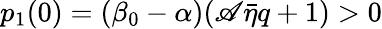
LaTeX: p_{1}(0)=(\beta_{0}-{\alpha})(\mathscr{A}\bar{{\eta}}q+1)>0